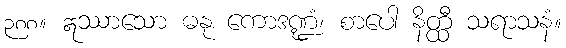
၃၈၈။ ဣဿာသော ဓနု ကောဒဏ္ဍံ၊ စာပေါ နိတ္ထီ သရာသနံ။